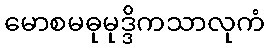
မောစမဓုမုဒ္ဒိကသာလုကံ